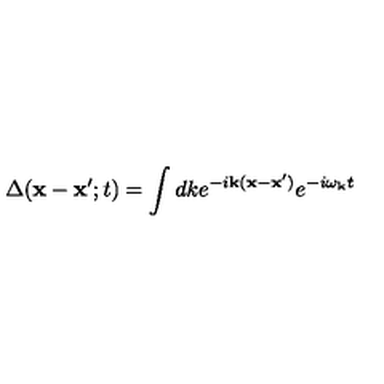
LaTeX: \Delta ( { \bf x } - { \bf x } ^ { \prime } ; t ) = \int d k e ^ { - i { \bf k } ( { \bf x } - { \bf x } ^ { \prime } ) } e ^ { - i \omega _ { \bf k } t }